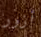
أزور